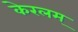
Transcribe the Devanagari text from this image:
केरलम्